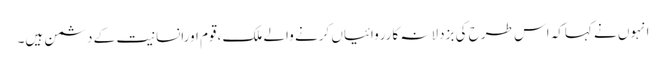
انہوں نے کہاکہ اس طرح کی بزدلانہ کارروائیاں کرنے والے ملک ،قوم اورانسانیت کے دشمن ہیں۔